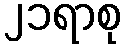
၂၁ရာစု